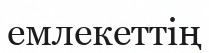
емлекеттің